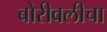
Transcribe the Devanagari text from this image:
बोरीवलीचा